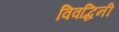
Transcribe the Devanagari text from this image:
विवद्धिनी